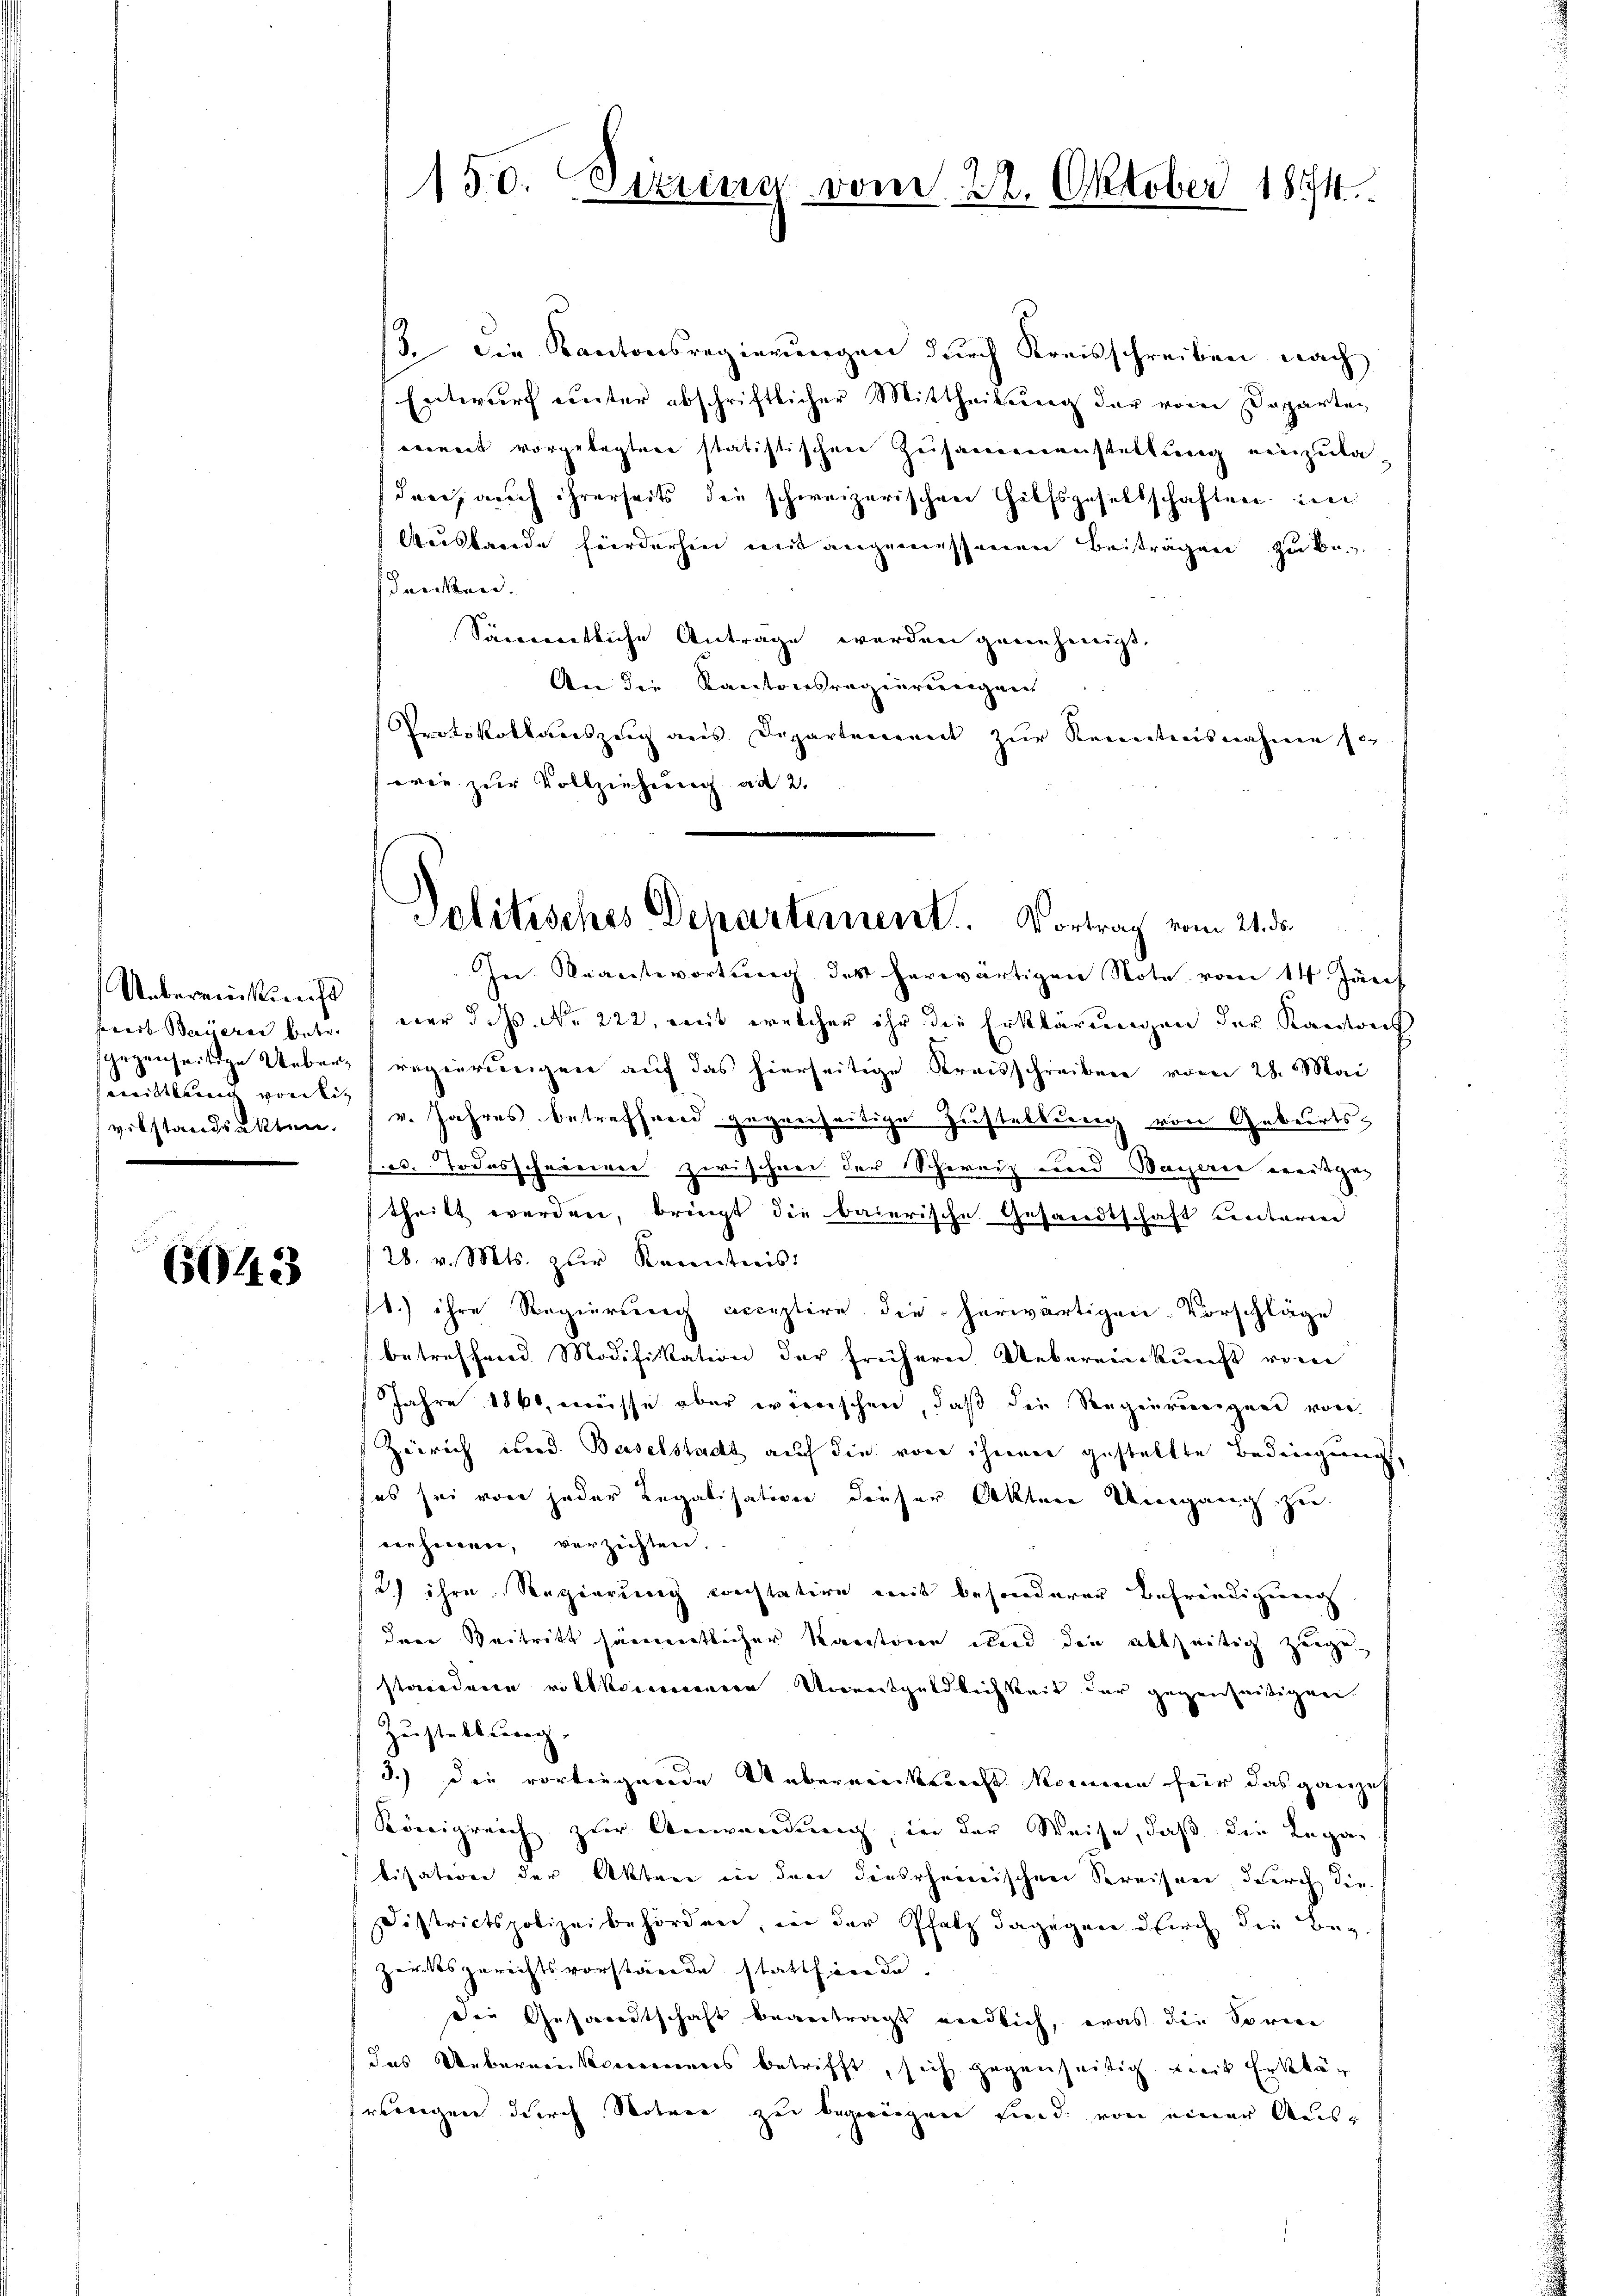
Uebereinkunft
mittlung vorsitz

6043

13. Die Kantonsregierungen durch Kreisschreiben nach
Entwurf unter abschriftlicher Mittheilung der vom Departen
eiment vorgelegten statistischen Zusammenanstaltung einzuladare, auch ihrerseits die schweizerischen Hilfsgesellschaften in
Austande förderhin mit angemessenen Beiträgen zu be
dancken.
Sämmtliche Anträge werden genehmigt.
An die Kantonsregierenigen
Protokollauszug aus Departement zur Kenntensnahme so-
orie zur Vollziehung ad 2.
In Beantwortung des herwärtigen Note vom 14. Jänf
fiert Baieren betr. 7 ver d. Js. No 222, mit welcher ihr die Erklärungen der Kantons
sgegenseitige Ueber, regierungen auf das hierseitige Kreisschreiben vom 28. Mai
vilstandsakten, 7 v. Jahres betreffend gegenseitige Zustellung von Geburtse
fo. Todesscheiniger zwischen der Schirniz wird Waiserie weisge
theilt werden, bringt die baierische Gesandtschaft unterm
28. v. Mts. zŭr Kenntnis:
1.) ihre Regierung acceptire die herwärtigen Vorschläge
betreffend Modifikation der früherer Uebereinkunft vom
Jahre 1860, müsse aber wienischen, daß die Regenreneigung von
Zürich und Baselstadt auf die von ihren gestellte Bedingung,
(es sei von jeder Regalisation dieser Aktere Umgang zu
renheren, verzeichten.
2) ihre Regierung constative mit besonderer Befreudigung
Iere Beitritt sämmtlicher Kantone und die allzeitig zeigestanderen vollkommenere Unereitgeldlichkeit der gegenheitigen
Zustellung.
3.) Die vortigende Unbereinkunft komme für das ganze
Königreich zur Anwendung, in der Weise, daß die Legatisation der Akten in den dieserheimischen Streisen, durch die
Districtspolizeibehörden, in der Pfatz dagegen durch die Bez.
zerksgerichtsvorstände statthierde.
die Gesandtschaft beantragt endlich, was die Sorene
das Uebereinkommens betrifft, sich gegenseitig mit Erklär
wenigen durch Notare zu begangen sind, von einer Aus¬

150. Sitzung vom 22. Oktober 1844.

Politisches Departement. Vortrag vom 21. d.